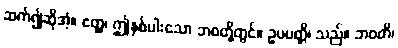
ဆက်၍ဆိုအံ့။ ဧတ္ထ၊ ဤနှစ်ပါးသော ဘဝတို့တွင်။ ဥပပတ္တိ၊ သည်။ ဘဝတိ၊